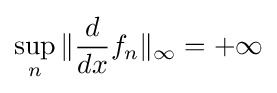
\sup _{n}\|{\frac {d}{dx}}f_{n}\|_{\infty }=+\infty